Annual report on the lock hospitals of the Madras Presidency
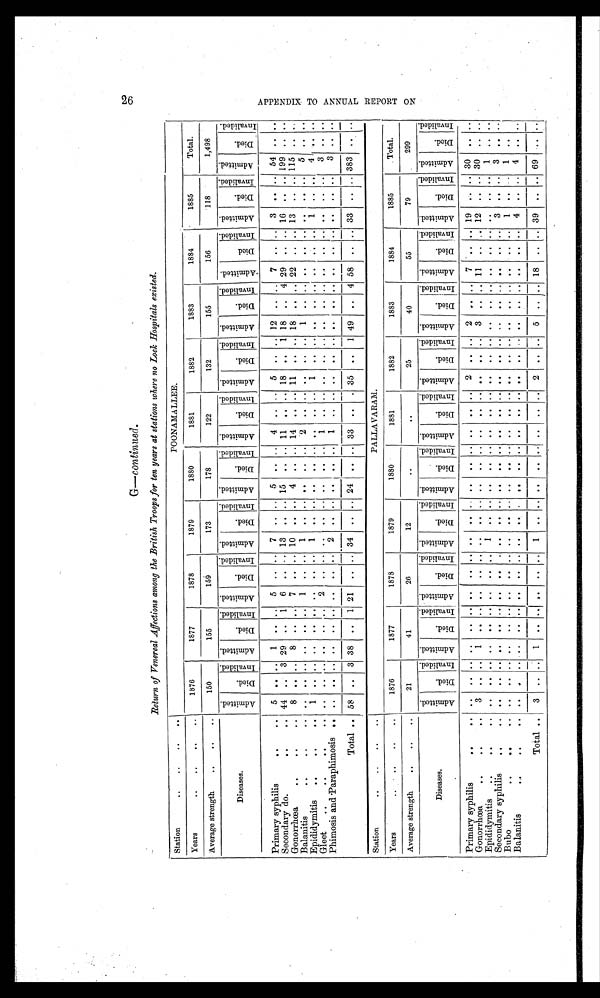
Return of Venereal Affections among the British Troops for ten years at stations where no Lock Hospitals existed.
S t a t i o n . . . . . . . .
POONAMALLEE.
Ye a r . . . . . . . .
1876
1877
1878
1879
1880
1881
1882
1883
1884
1885
Total.
Average strength .. .. .. ..
150
155
159
173
178
122
132
155
156
118
1,498
Diseased.
Admitted.
D i e d .
I n v a l i d e d .
Admitted.
D i e d .
Inval i ded.Admitted.
D i e d .Inval i ded.Admitted.Died.
I n v a l i d e d .
A d m i t t e d .
D i e d .I
nval i ded.
A d m i t t e d .
D i e d .
I n v a l i d e d .
A d m i t t e d .
Di e d .
Inval i ded.
A d m i t t e d .
Died.
I n v a l i d e d .
A d m i t t e d .
D i e d .Inval i ded.
A d m i t t e d .
D i e d .
Inval i ded.
A d m i t t e d .Died.
I n v a l i d e d .
Primary syphilis .. ..
5
. . . .
1
. .
.. 5
. .
.. 7
..
. .
5
. .
..
4
. . . .
5
. .
..
1 2
..
. .
7
. .
..
3
. .
..
5 4
..
. .
Secondary do... ..
44
. . 3 29
. .
1 6
. . 13
..
. .
1 5
. .
..
1 1
. . . .
1 8
. .
1
1 8
..
4
2 9
. .
..
1 6
. .
..
1 9 9
..
. .
Gonorrhœa .. .. ..
8
. . . .
8
. .
.. 7
. .
.. 10
..
. .
4
. .
..
1 4
. . . .
1 1
. .
..
1 8
..
. .
2 2
. .
..
1 3
. .
..
1 1 5
..
. .
Balanitis.. .. ..
..
. . . .
. .
. .
.. 1
. .
.. 1
..
. .
. .
. .
..
2
. . . .
. .
. .
..
1 ..
..
. .
. .
..
. .
. .
..
5 ..
. .
Epididymitis.. .. ..
1
. . . .
. .
. .
.. ..
. .
.. 1
..
. .
. .
. .
..
. .
. . . .
1
. .
..
. .
..
. .
. .
. .
..
1
. .
..
4 ..
. .
Gleet
..
..
.. ..
..
. . . .
..
. .
.. 2
. .
.. ..
..
. .
. .
. .
..
1
. . . .
. .
. .
..
. .
..
. .
. .
. .
..
. .
. .
..
3 ..
. .
Phimosis and Paraphimosis ..
..
. . . .
..
. .
.. ..
. .
.. 2
..
. .
. .
. .
..
1
. . . .
. . . .
..
. .
..
. .
. .
. .
..
. .
. .
..
3 ..
. .
T o t a l . .58
. .
3 38
. .
1 21
. .
.. 34
..
. .
2 4
. .
..
3 3
. . . .
3 5
. .
1
4 9
..
4
5 8
. .
..
3 3
. .
..
3 8 3
..
. .
Station .. .. .. ..
PALLAVARAM.
Years .. .. .. ..
1876
1877
1878
1879
1880
1 8 8 1
1 8 8 2
1 8 8 3
1 8 8 4
1 8 8 5
T o t a l .
A v e r a g e S t r e n g t h . . . . . .
21
41
26
12
. .
. .
2 5
4 0
5 5
7 9
2 9 9
Diseases.
Admitted.
D i e d . I n v a l i d e d .Admitted.
D i e d .
Inval i ded.Admitted.
D i e d .
Inval i ded.Admitted.Died.
I n v a l i d e d .
A d m i t t e d .
D i e d .Invalided.
A d m i t t e d .
D i e d .
I n v a l i d e d .
A d m i t t e d .
D i e d .Inval i ded.
A d m i t t e d .
Died.
I n v a l i d e d .
A d m i t t e d .
D i e d .Inval i ded.
A d m i t t e d .
D i e d .Inval i ded.
A d m i t t e d .Died.
I n v a l i d e d .
Primary syphilis .. ..
..
. . . .
..
.. .. ..
. .
.. ..
..
. .
. .
. .
..
. .
. . . .
2
. .
..
2 ..
. .
7
. .
..
1 9
. .
..
3 0
..
. .
Gonorrhœa .. .. ..
3
. . . .
1
. .
.. ..
. .
.. ..
..
. .
. .
. .
..
. .
. . . .
. .
. .
..
3 ..
. .
1 1
. .
..
1 2
. .
..
3 0
..
. .
Epididymitis .. .. ..
..
. . . .
..
. .
.. ..
. .
.. 1
..
. .
. .
. .
..
. .
. . . .
. .
. .
..
. .
..
. .
. .
. .
..
. .
. .
..
1 ..
. .
Secondary syphilis.. ..
..
..
. .
..
. .
.. ..
. .
.. ..
..
. .
. .
. .
..
. .
. . . .
. .
. .
..
. .
..
. .
. .
. .
..
3
. .
..
3 ..
. .
Bubo .. .. ..
..
. . . .
..
. .
.. ..
. .
.. ..
..
. .
..
. .
..
. .
. . . .
. .
. .
..
. .
..
. .
. .
. .
..
1
. .
..
1 ..
. .
Balanitis .. .. ..
..
. . . .
..
. .
.. ..
. .
.. ..
..
. .
. .
. .
..
. .
. . . .
. .
. .
..
. .
..
. .
. .
. .
..
4
. .
..
4 ..
. .
T o t a l . .3
. . . .
1
. .
.. ..
. .
.. 1
..
. .
. .
. .
..
. .
. . . .
2
. .
..
5 ..
. .
1 8
. .
..
3 9
. .
..
6 9
..
. .
2 6 A P P E N D I X T O A N N U A L R E P O R T O N . G — c o n t i n u e d .